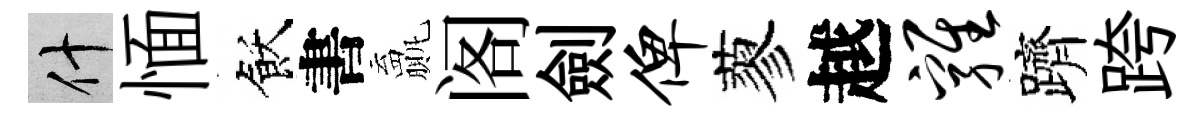
什愐飫書贏阁劍俾蓼越鸡躋跨